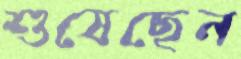
শুষেছেন